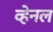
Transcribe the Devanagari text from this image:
व्हेनल